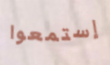
إستمعوا